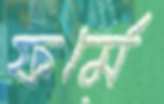
ফর্মে